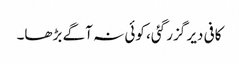
کافی دیر گزر گئی، کوئی نہ آگے بڑھا۔